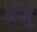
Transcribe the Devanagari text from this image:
वंजु